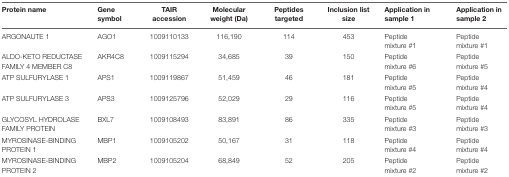
<table><thead><tr><td><b>Protein name</b></td><td><b>Gene symbol</b></td><td><b>TAIR accession</b></td><td><b>Molecular weight (Da)</b></td><td><b>Peptides targeted</b></td><td><b>Inclusion list size</b></td><td><b>Application in sample 1</b></td><td><b>Application in sample 2</b></td></tr></thead><tbody><tr><td>ARGONAUTE 1</td><td>AGO1</td><td>1009110133</td><td>116,190</td><td>114</td><td>453</td><td>Peptide mixture #1</td><td>Peptide mixture #1</td></tr><tr><td>ALDO-KETO REDUCTASE FAMILY 4 MEMBER C8</td><td>AKR4C8</td><td>1009115294</td><td>34,685</td><td>39</td><td>150</td><td>Peptide mixture #6</td><td>Peptide mixture #5</td></tr><tr><td>ATP SULFURYLASE 1</td><td>APS1</td><td>1009119867</td><td>51,459</td><td>46</td><td>181</td><td>Peptide mixture #5</td><td>Peptide mixture #4</td></tr><tr><td>ATP SULFURYLASE 3</td><td>APS3</td><td>1009125796</td><td>52,029</td><td>29</td><td>116</td><td>Peptide mixture #5</td><td>Peptide mixture #4</td></tr><tr><td>GLYCOSYL HYDROLASE FAMILY PROTEIN</td><td>BXL7</td><td>1009108493</td><td>83,891</td><td>86</td><td>335</td><td>Peptide mixture #3</td><td>Peptide mixture #3</td></tr><tr><td>MYROSINASE-BINDING PROTEIN 1</td><td>MBP1</td><td>1009105202</td><td>50,167</td><td>31</td><td>118</td><td>Peptide mixture #4</td><td>Peptide mixture #4</td></tr><tr><td>MYROSINASE-BINDING PROTEIN 2</td><td>MBP2</td><td>1009105204</td><td>68,849</td><td>52</td><td>205</td><td>Peptide mixture #2</td><td>Peptide mixture #2</td></tr></tbody></table>